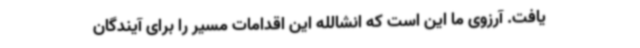
یافت. آرزوی ما این است که انشالله این اقدامات مسیر را برای آیندگان